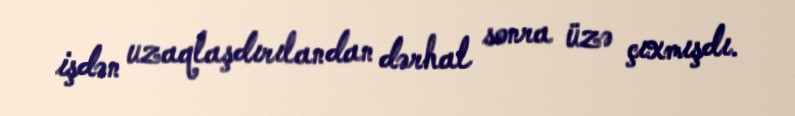
işdən uzaqlaşdırılandan dərhal sonra üzə çıxmışdı.